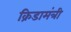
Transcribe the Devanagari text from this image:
क्रिडामंत्री